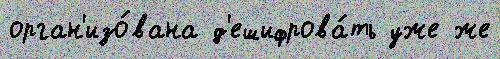
орган'изо́вана д'ешифрова́ть уже же